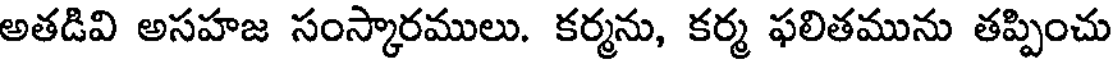
అతడివి అసహజ సంస్కారములు. కర్మను, కర్మ ఫలితమును తప్పించు